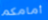
أمامكم